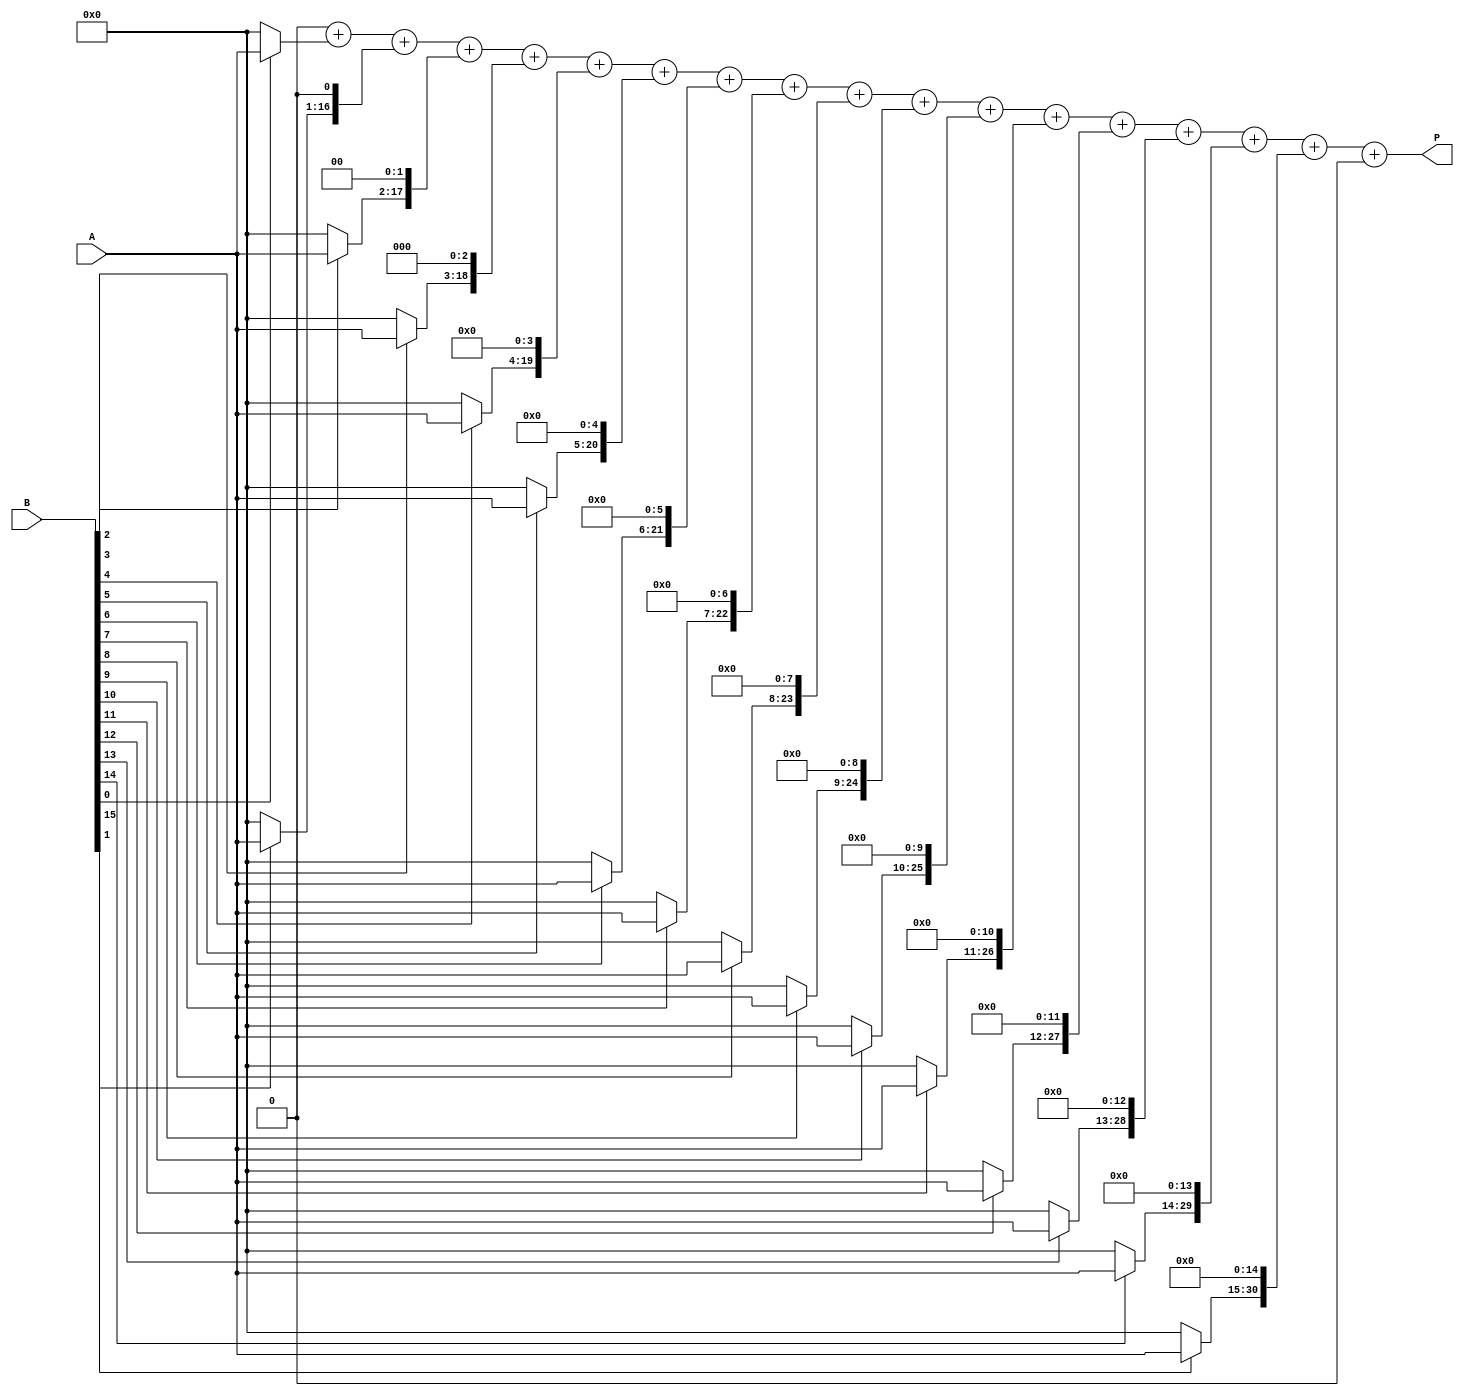
module variable_length_wallace_tree_multiplier #(
    parameter MAX_BITS = 16 // Define maximum operand size
)(
    input [MAX_BITS-1:0] A, // Multiplicand
    input [MAX_BITS-1:0] B, // Multiplier
    output reg [2*MAX_BITS-1:0] P // Product
);

integer i, j;
reg [2*MAX_BITS-1:0] partial_products[MAX_BITS-1:0];
reg [2*MAX_BITS-1:0] sum;
reg [2*MAX_BITS-1:0] carry;

always @(*) begin
    // Step 1: Generate Partial Products
    for (i = 0; i < MAX_BITS; i = i + 1) begin
        partial_products[i] = (B[i] ? A : 0) << i; // Shift partial product
    end
    
    // Step 2: Wallace Tree Reduction
    // Initialize sum and carry
    sum = 0;
    carry = 0;

    // Combine partial products using Wallace Tree logic
    for (i = 0; i < MAX_BITS; i = i + 1) begin
        // Add partial products in pairs
        if (i % 2 == 0) begin
            {carry[2*MAX_BITS-1:0], sum} = sum + partial_products[i]; // Add current partial product
            if (i + 1 < MAX_BITS) begin
                {carry[2*MAX_BITS-1:0], sum} = sum + partial_products[i + 1]; // Add next partial product
            end
        end
    end

    // Step 3: Final Summation
    P = sum + carry; // Combine the final sum and carry
end

endmodule